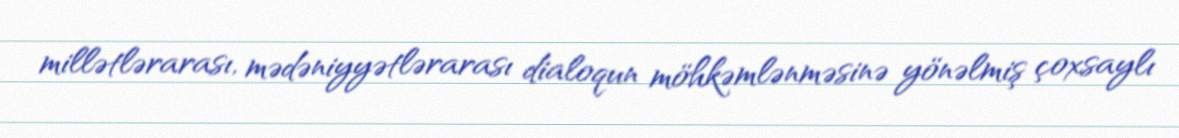
millətlərarası, mədəniyyətlərarası dialoqun möhkəmlənməsinə yönəlmiş çoxsaylı